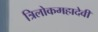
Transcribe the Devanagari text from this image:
त्रिलोकमहादेवी